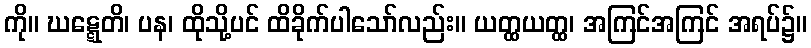
ကို။ ဃဋ္ဋေတိ၊ ပန၊ ထိုသို့ပင် ထိခိုက်ပါသော်လည်း။ ယတ္ထယတ္ထ၊ အကြင်အကြင် အရပ်၌။